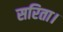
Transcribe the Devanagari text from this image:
सरिता।